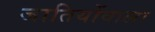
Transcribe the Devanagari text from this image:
जातियोंवाला